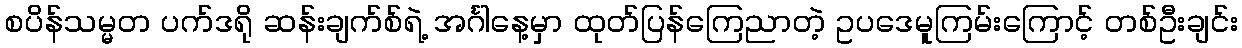
စပိန်သမ္မတ ပက်ဒရို ဆန်းချက်စ်ရဲ့ အင်္ဂါနေ့မှာ ထုတ်ပြန်ကြေညာတဲ့ ဥပဒေမူကြမ်းကြောင့် တစ်ဦးချင်း